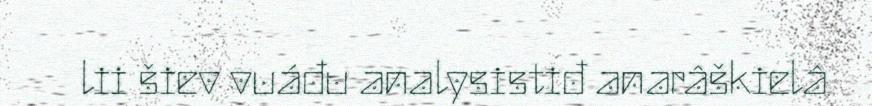
lii šiev vuáđu analysistiđ anarâškielâ